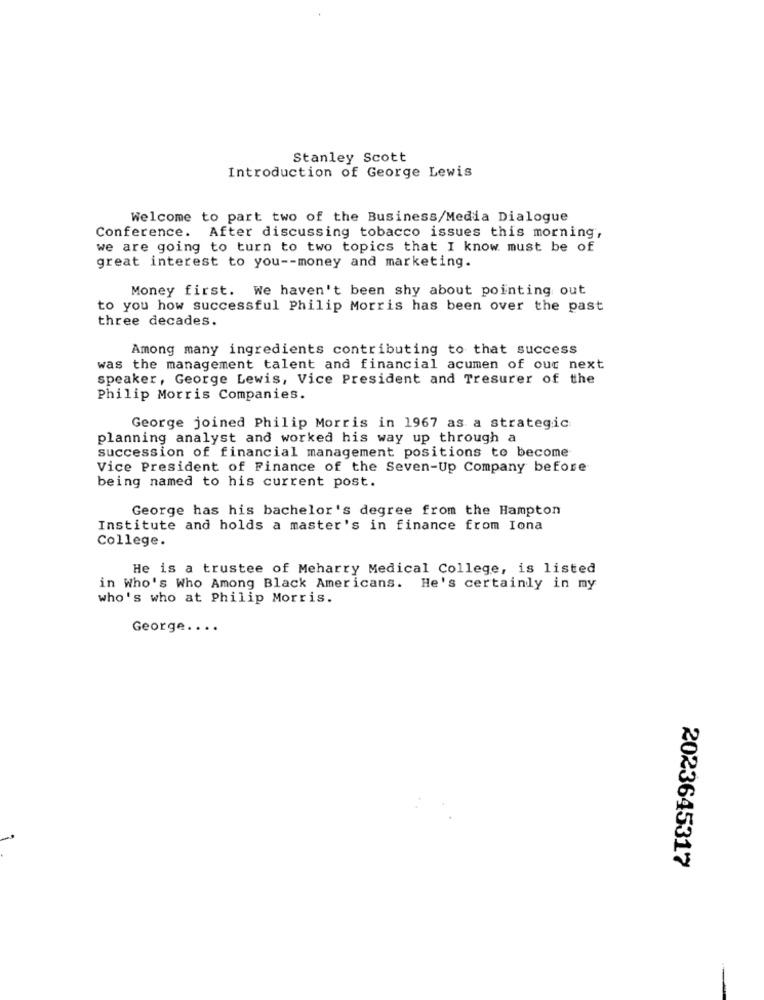
Stanley Scott
Introduction of George Lewis
Welcome to part two of the Business/Media Dialogue
Conference. After discussing tobacco issues this morning,
we are going to turn to two topics that I know must be of
great interest to you -- money and marketing.
Money first. We haven't been shy about pointing out
to you how successful Philip Morris has been over the past
three decades.
Among many ingredients contributing to that success
was the management talent and financial acumen of our next
speaker, George Lewis, Vice President and Tresurer of the
Philip Morris Companies.
George joined Philip Morris in 1967 as a strategic
planning analyst and worked his way up through a
succession of financial management positions to become
Vice President of Finance of the Seven-Up Company before
being named to his current post.
George has his bachelor's degree from the Hampton
Institute and holds a master's in finance from Iona
College.
He is a trustee of Meharry Medical College, is listed
in Who's Who Among Black Americans. He's certainly in my
who's who at Philip Morris.
George ....
2023645317